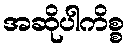
အဆိုပါကိစ္စ